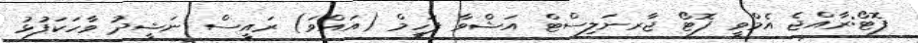
ފޮޓޯ:ރާއްޖެ އެމްވީ ފޮޓޯ ޖާރނަލިސްޓް އަޝްވާ ފަހީމް (އައްވަ) ރައީސް ނަޝީދު ވާހަކަފުޅު